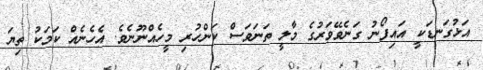
އަޅުގަނޑަކީ އައިފޯނު ގަނެވޭވަރުގެ މާލީ ތަނަވަސް ކަންހުރި މީހެއްނޫނެވެ. އެހެނެއް ކަމަކު ތިޔަ